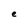
Character: e